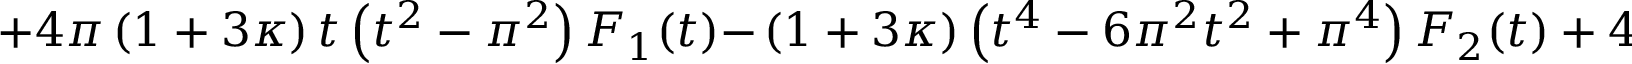
+ 4 \pi \left( 1 + 3 \kappa \right) t \left( t ^ { 2 } - \pi ^ { 2 } \right) F _ { 1 } ( t ) - \left. \left( 1 + 3 \kappa \right) \left( t ^ { 4 } - 6 \pi ^ { 2 } t ^ { 2 } + \pi ^ { 4 } \right) F _ { 2 } ( t ) + 4 \pi \bar { \kappa } t \left( t ^ { 2 } - \pi ^ { 2 } \right) \right] .